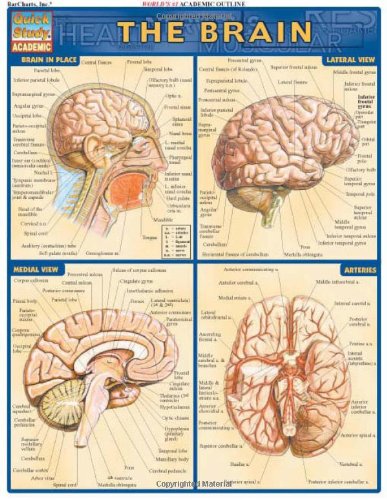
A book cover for Brain (Quickstudy: Academic); Inc. BarCharts; Medical Books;